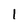
Character: l